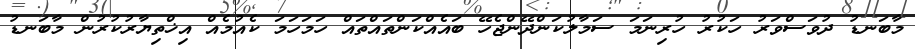
މާބަނޑު ދުވަސްވަރު ހަކުރު ހުރިނަމަ ސަމާލުކަންދޭންޖެހޭ ބައެއްކަންތައްތައް ހަމަހަމަ ކެއުމެއް އިޚްތިޔާރުކުރުން މާބަނޑު